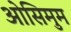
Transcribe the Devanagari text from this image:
ओसिमुम